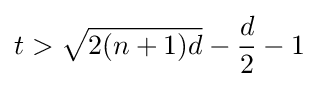
t>{\sqrt {2(n+1)d}}-{\frac {d}{2}}-1